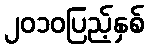
၂၀၁၀ပြည့်နှစ်